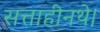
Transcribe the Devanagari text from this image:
सत्ताहीनथे।